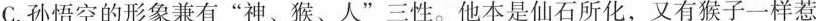
C.孙悟空的形象兼有”神、猴、人”三性。他本是仙石所化，又有猴子一样惹